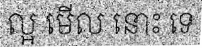
ល្អ មើល នោះ ទេ